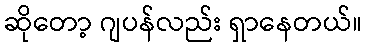
ဆိုတော့ ဂျပန်လည်း ရှာနေတယ်။